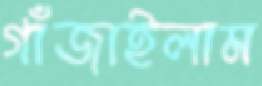
গাঁজাইলাম